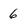
Character: 6